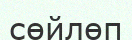
сөйлөп